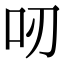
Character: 𠯄